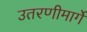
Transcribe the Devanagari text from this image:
उतरणीमार्गे